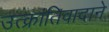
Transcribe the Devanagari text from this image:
उत्क्रांतिवादाने